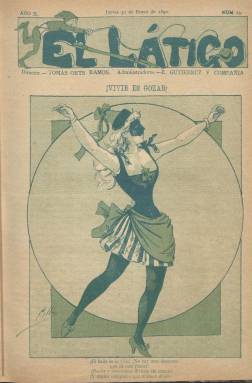
Título: El Látigo (Madrid. 1889)
Colección: Revistas satíricas y humorísticas
Ámbito geográfico: Madrid
Lugar de publicación: Madrid
Fechas: 30/01/1890-30/01/1890

La BNE sólo cuenta con un número de esta publicación que debió ser efímera puesto que no ha dejado apenas rastro en la bibliografía de prensa y revistas de finales del siglo XIX. Aunque por su título y algunas de sus ilustraciones podría pensarse en una publicación satírica, era una revista dedicada sobre todo a la literatura y a la crítica teatral. Su subtítulo era Crónica Semanal de Espectáculos.

   En el único número existente en la BNE, el correspondiente al 30 de enero de 1890, podemos leer un artículo firmado por E. Taimrens Drangs, autor de una colección de literatura erótica publicada años después, en el que se ensalza al novelista Leopoldo Alas, Clarín, como una de las personas más cultas de España, pero se le descalifica en su faceta de crítico literario.

  Aparte de relatos, la publicación se cerraba con dos pequeñas secciones tituladas Latigazos y Teatro, en las que se satirizaba conductas y se informaba de las vicisitudes de actores y actrices. Una de las características más notables de la revista eran sus ilustraciones. De sus ocho páginas, cuatro contaban con caricaturas, tres de ellas a toda página: la portada y las dos centrales; en la última página, la ilustración ocupaba media página y la otra media era un anuncio de la empresa editora, que también editaba y vendía libros.

   Con todo, el dato más notable de esta publicación es su director: Tomás Orts Ramos, periodista y escritor de la Generación del 98 nacido en Benidorm que con sólo 16 años era ya corresponsal en Alicante de un periódico taurino madrileño. El Látigo lo fundo en  Madrid con 23.

   Según se puede leer en el diario digital Alicante Plaza, Tomás Orts Ramos fue testigo de excepción de la disputa en la que Valle-Inclán quedó manco del brazo izquierdo. Estaba sentado junto a él en un café madrileño durante una tertulia en 1899 cuando en medio de una fuerte discusión Manuel Bueno le propinó un bastonazo que le causó la herida que terminaría en la amputación.

[Descripción publicada el 26/7/2018]